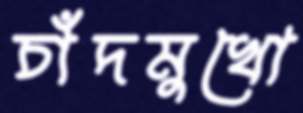
চাঁদমুখো